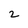
Character: 2